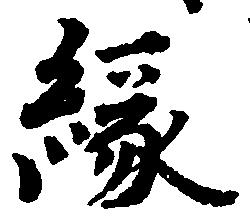
縁